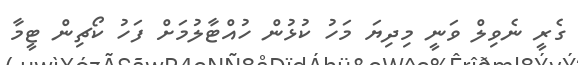
ގެރީ ނެވިލް ވަނީ މިދިޔަ މަހު ކުޅުން ހުއްޓާލުމަށް ފަހު ކޯޗިން ޓީމާ